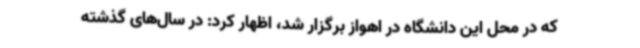
که در محل این دانشگاه در اهواز برگزار شد، اظهار کرد: در سال‌های گذشته